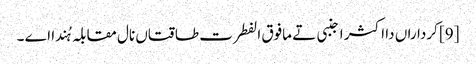
[9] کرداراں دا اکثر اجنبی تے مافوق الفطرت طاقتاں نال مقابلہ ہُندا اے ۔